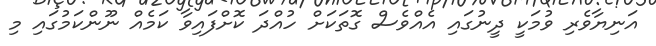
އަނިޔާވެރި ވުމަކީ ދީނުގައި އެއްވެސް ގޮތަކަށް ހުއްދަ ކޮށްފައިވާ ކަމެއް ނޫންކަމުގައި މި